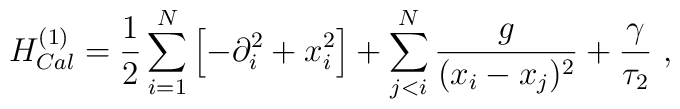
H_{Cal}^{(1)} ={1 \over 2} \sum_{i=1}^N \left[ -\partial_i^2 +  x_i^2 \right] + \sum_{j < i}^N \frac g {(x_i-x_j)^2} + \frac{\gamma}{\tau_2}\ ,